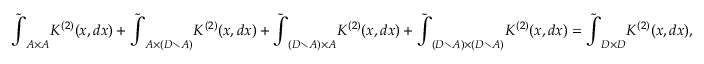
\tilde { \int } _ { A \times A } K ^ { ( 2 ) } ( x , d x ) + \tilde { \int } _ { A \times ( D \setminus A ) } K ^ { ( 2 ) } ( x , d x ) + \tilde { \int } _ { ( D \setminus A ) \times A } K ^ { ( 2 ) } ( x , d x ) + \tilde { \int } _ { ( D \setminus A ) \times ( D \setminus A ) } K ^ { ( 2 ) } ( x , d x ) = \tilde { \int } _ { D \times D } K ^ { ( 2 ) } ( x , d x ) ,